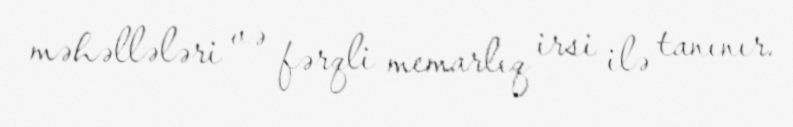
məhəllələri və fərqli memarlıq irsi ilə tanınır.